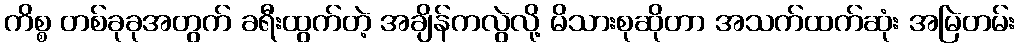
ကိစ္စ တစ်ခုခုအတွက် ခရီးထွက်တဲ့ အချိန်ကလွဲလို့ မိသားစုဆိုတာ အသက်ထက်ဆုံး အမြဲတမ်း